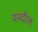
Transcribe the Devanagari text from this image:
दब्दील